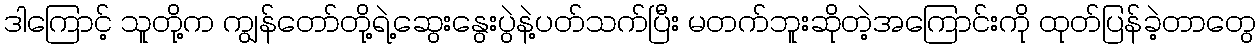
ဒါကြောင့် သူတို့က ကျွန်တော်တို့ရဲ့ဆွေးနွေးပွဲနဲ့ပတ်သက်ပြီး မတက်ဘူးဆိုတဲ့အကြောင်းကို ထုတ်ပြန်ခဲ့တာတွေ